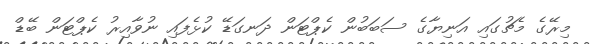
މިރޭގެ މެޗުގައި އަނިޔާގެ ސަބަބުން ކެޕްޓަން ދަނގަޑޭ ކުޅެފައި ނުވާއިރު ކެޕްޓަން ބޭޑް